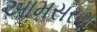
આમસરણ